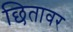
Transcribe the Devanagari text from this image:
छितावर